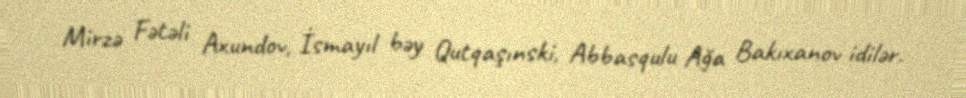
Mirzə Fətəli Axundov, İsmayıl bəy Qutqaşınski, Abbasqulu Ağa Bakıxanov idilər.